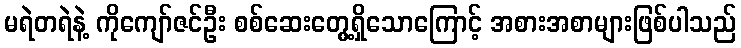
မရဲတရဲနဲ့ ကိုကျော်ဇင်ဦး စစ်ဆေးတွေ့ရှိသောကြောင့် အစားအစာများဖြစ်ပါသည်